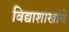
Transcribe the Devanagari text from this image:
विद्याशाखांचे